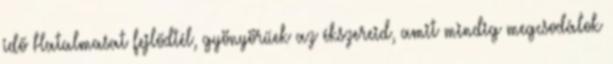
idő Hatalmasat fejlődtél, gyönyörűek az ékszereid, amit mindig megcsodálok